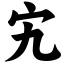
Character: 宄